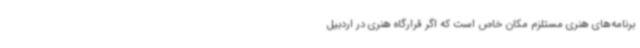
برنامه‌های هنری مستلزم مکان خاص است که اگر قرارگاه هنری در اردبیل